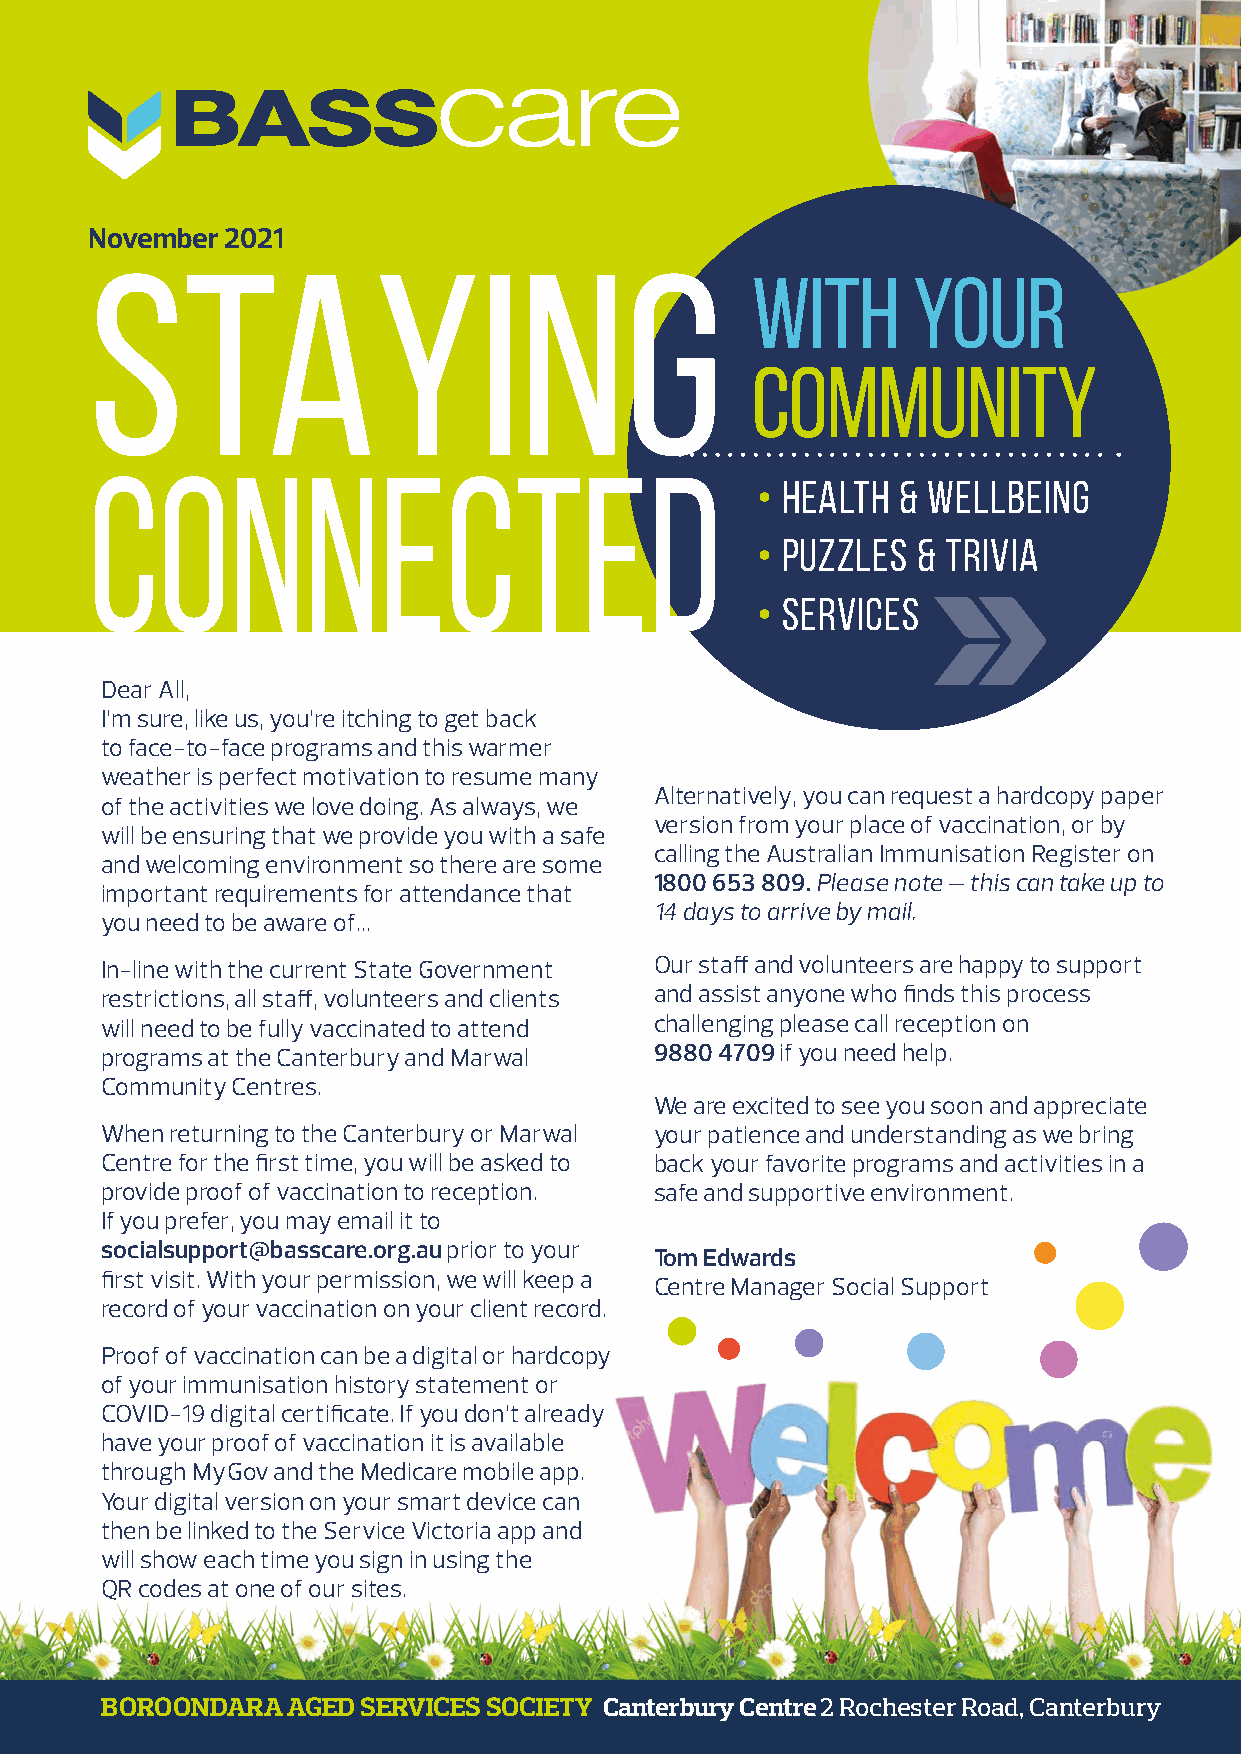
November 2021
 STAYING
 with      your
 community
 CONNECTED
 • Health & Wellbeing
 • Puzzles  & Trivia
 • Services
 Dear All,
 I’m sure, like us, you’re itching to get back
 to face-to-face programs and this warmer
 weather is perfect motivation to resume many
 Alternatively, you can request a hardcopy paper
 of the activities we love doing. As always, we
 version from your place of vaccination, or by
 will be ensuring that we provide you with a safe
 calling the Australian Immunisation Register on
 and welcoming environment so there are some
 1800 653 809. Please note – this can take up to
 important requirements for attendance that
 14 days to arrive by mail.
 you need to be aware of…
 In-line with the current State Government Our staff and volunteers are happy to support
 restrictions, all staff, volunteers and clients and assist anyone who finds this process
 will need to be fully vaccinated to attend challenging please call reception on
 programs at the Canterbury and Marwal 9880 4709 if you need help.
 Community Centres.
 We are excited to see you soon and appreciate
 When returning to the Canterbury or Marwal your patience and understanding as we bring
 Centre for the first time, you will be asked to back your favorite programs and activities in a
 provide proof of vaccination to reception. safe and supportive environment.
 If you prefer, you may email it to
 socialsupport@basscare.org.au prior to your
 Tom Edwards
 first visit. With your permission, we will keep a
 Centre Manager Social Support
 record of your vaccination on your client record.
 Proof of vaccination can be a digital or hardcopy
 of your immunisation history statement or
 COVID-19 digital certificate. If you don’t already
 have your proof of vaccination it is available
 through MyGov and the Medicare mobile app.
 Your digital version on your smart device can
 then be linked to the Service Victoria app and
 will show each time you sign in using the
 QR codes at one of our sites.
 BOROONDARA  AGED SERVICES SOCIETY Canterbury Centre 2 Rochester Road, Canterbury